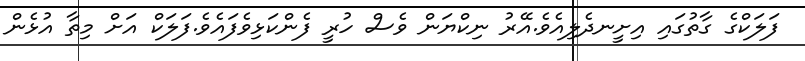
ފަލަކްގެ ގާތުގައި އިށީނދެލިއެވެ.އޭރު ނިކްޔަން ވެސް ހުރީ ފެންކަޅިވެފައެވެ.ފަލަކް އަށް މިތާ އުޅެން